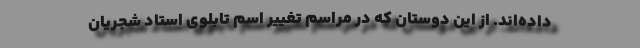
داده‌اند. از این دوستان که در مراسم تغییر اسم تابلوی استاد شجریان